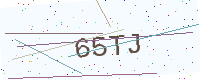
Text: 65TJ